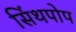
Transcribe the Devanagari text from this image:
सिंथपोप